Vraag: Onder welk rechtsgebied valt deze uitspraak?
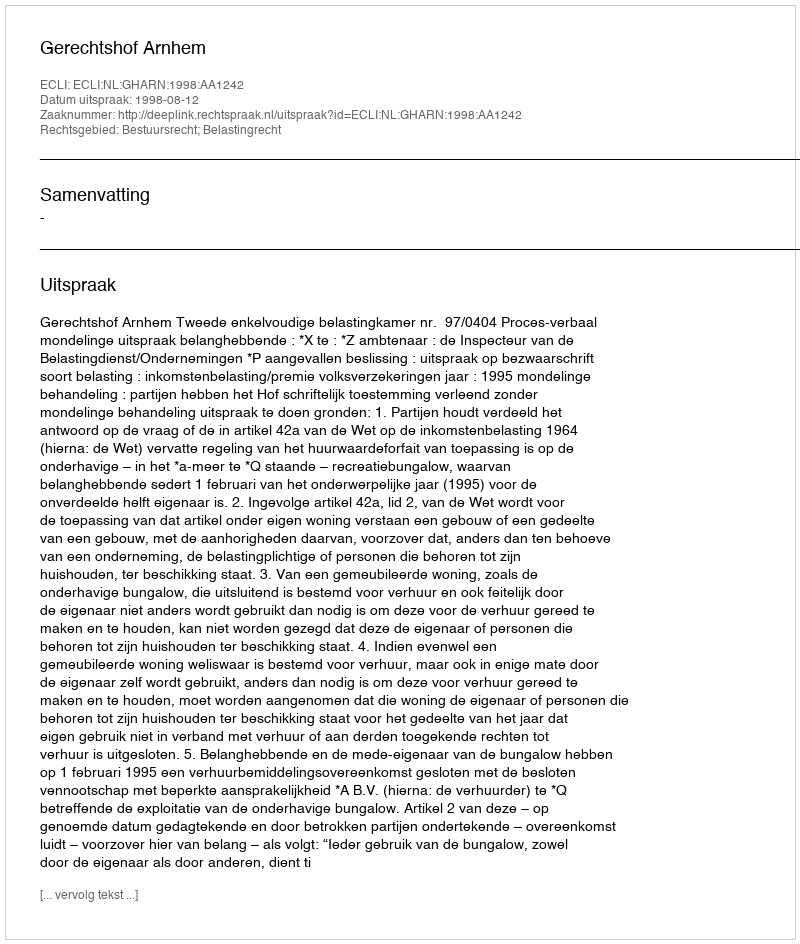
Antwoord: Bestuursrecht; Belastingrecht